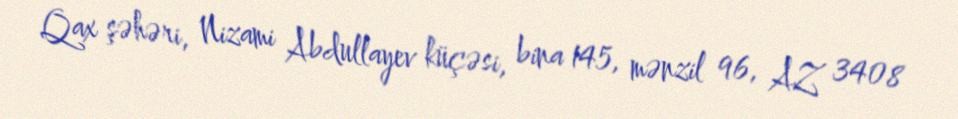
Qax şəhəri, Nizami Abdullayev küçəsi, bina 145, mənzil 96, AZ 3408